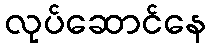
လုပ်ဆောင်နေ